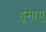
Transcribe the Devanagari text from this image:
हुमायु